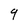
Character: 9